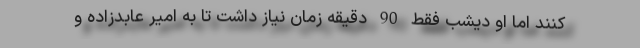
کنند اما او دیشب فقط 90 دقیقه زمان نیاز داشت تا به امیر عابدزاده و